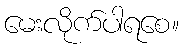
မေးလိုက်ပါရစေ။